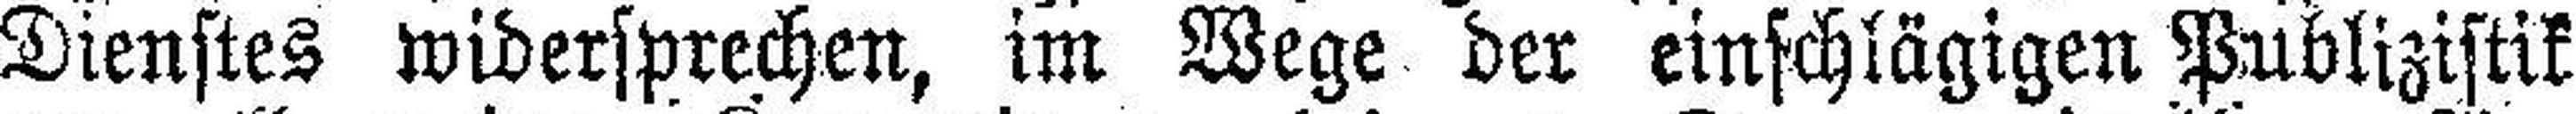
Dienstes widersprechen, im Wege der einschlägigen Publizistik